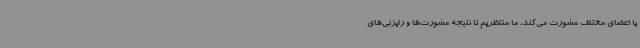
با اعضای مختلف مشورت می‌کند، ما منتظریم تا نتیجه مشورت‌ها و رایزنی‌های